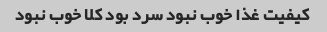
کیفیت غذا خوب نبود سرد بود کلا خوب نبود